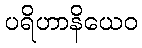
ပရိဟာနိယေဝ